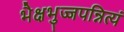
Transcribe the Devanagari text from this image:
भैक्षभुज्जपन्नित्यं